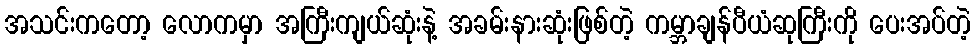
အသင်းကတော့ လောကမှာ အကြီးကျယ်ဆုံးနဲ့ အခမ်းနားဆုံးဖြစ်တဲ့ ကမ္ဘာချန်ပီယံဆုကြီးကို ပေးအပ်တဲ့